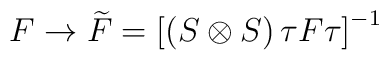
F \rightarrow \widetilde{F} = \left[ (S \otimes S) \,\tau F\tau \right]^{-1}